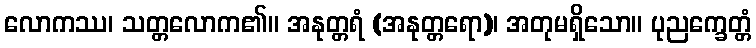
လောကဿ၊ သတ္တလောက၏။ အနုတ္တရံ (အနုတ္တရော)၊ အတုမရှိသော။ ပုညက္ခေတ္တံ